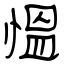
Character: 慍